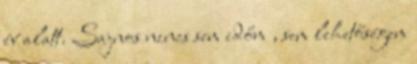
év alatt. Sajnos nincs sem időm , sem lehetőségem